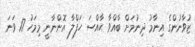
ޒުވާނުންގެ އިނާމު ދިނުމަށް ބާއްވާ ޙާއްސަ ހަފްލާ އޮންނާނީ މިމަހު 17 ވަނަ